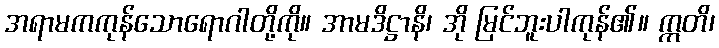
အရာမကကုန်သောရောဂါတို့ကို။ အာမဒိဋ္ဌာနိ၊ အို မြင်ဘူးပါကုန်၏။ ဣတိ၊